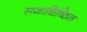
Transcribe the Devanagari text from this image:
राजाधिष्ठित